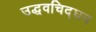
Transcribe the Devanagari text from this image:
उद्धवचिद्‌घन